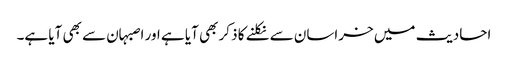
احادیث میں خراسان سے نکلنے کا ذکر بھی آیا ہے اور اصبہان سے بھی آیا ہے۔